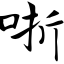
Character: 哳